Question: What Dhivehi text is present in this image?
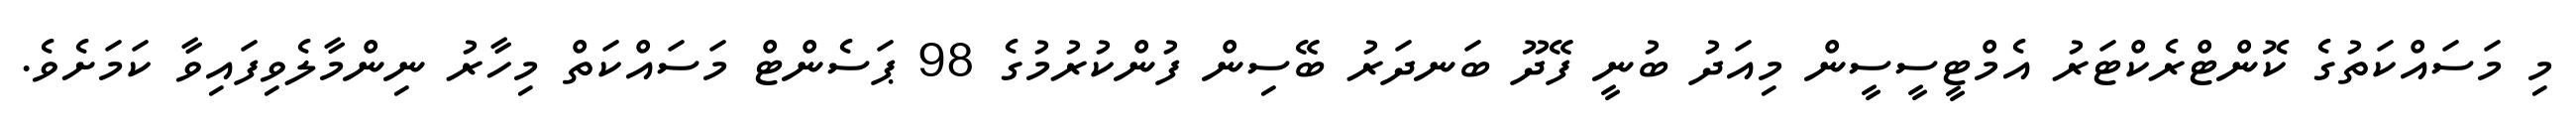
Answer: މި މަސައްކަތުގެ ކޮންޓްރެކްޓަރު އެމްޓީސީސީން މިއަދު ބުނީ ފޭދޫ ބަނދަރު ބޭސިން ފުންކުރުމުގެ 98 ޕަސެންޓް މަސައްކަތް މިހާރު ނިންމާލެވިފައިވާ ކަމަށެވެ.